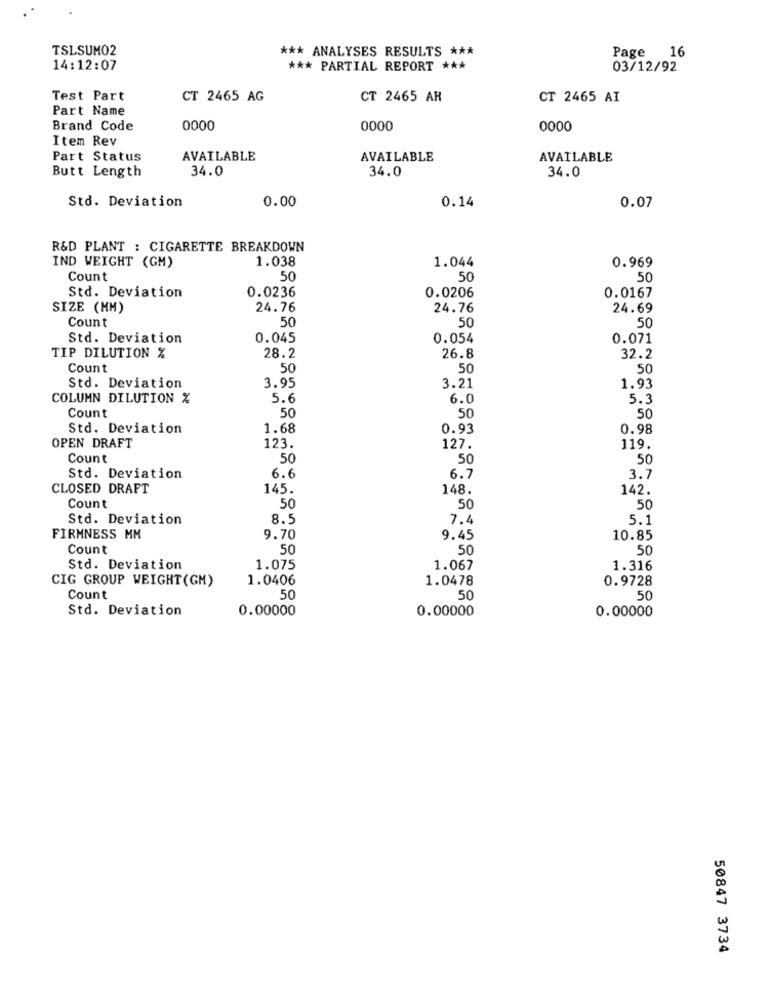
TSLSUMO2
*** ANALYSES RESULTS ***
Page 16
14:12:07
*** PARTIAL REPORT ***
03/12/92
Test Part
CT 2465 AG
CT 2465 AR
CT 2465 AI
Part Name
Brand Code
0000
0000
0000
Item Rev
Part Status
AVAILABLE
AVAILABLE
AVAILABLE
Butt Length
34.0
34.0
34.0
Std. Deviation
0.00
0.14
0.07
R&D PLANT : CIGARETTE BREAKDOWN
1.038
1.044
IND WEIGHT (GM)
0.969
Count
50
50
50
0.0236
Std. Deviation
0.0206
0.0167
SIZE (MM)
24.76
24.76
24.69
Count
50
50
50
Std. Deviation
0.045
0.054
0.071
TIP DILUTION %
28.2
26.8
32.2
Count
50
50
50
Std. Deviation
3.95
3.21
1.93
COLUMN DILUTION %
5.6
6.0
5.3
Count
50
50
50
Std. Deviation
1.68
0.93
0.98
OPEN DRAFT
123.
127.
119.
Count
50
50
50
Std. Deviation
6.6
6.7
3.7
CLOSED DRAFT
145.
148.
142.
Count
50
50
50
Std. Deviation
8.5
7.4
5.1
FIRMNESS MM
9.70
9.45
10.85
Count
50
50
50
Std. Deviation
1.075
1.067
1.316
CIG GROUP WEIGHT(GM)
1.0406
1.0478
0.9728
Count
50
50
50
Std. Deviation
0.00000
0.00000
0.00000
50847 3734